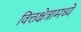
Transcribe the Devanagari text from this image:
वित्तक्षेत्रामध्ये